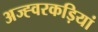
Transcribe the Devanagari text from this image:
अज्ह्वरकड़ियां